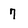
Character: 7